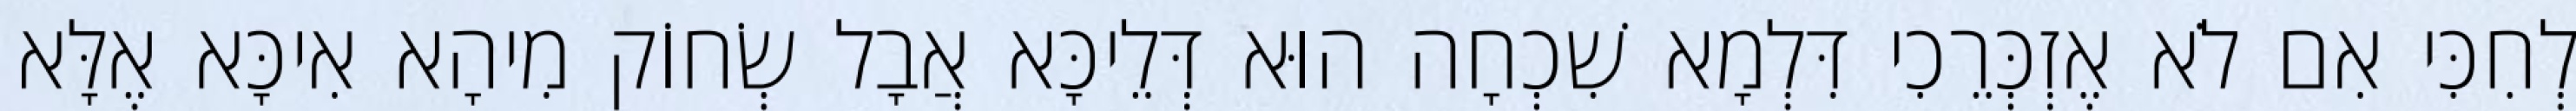
לְחִכִּי אִם לֹא אֶזְכְּרֵכִי דִּלְמָא שִׁכְחָה הוּא דְּלֵיכָּא אֲבָל שְׂחוֹק מִיהָא אִיכָּא אֶלָּא